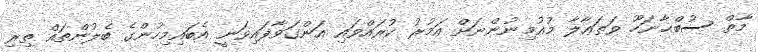
މާތް ސުބްޙާނަހޫ ވަތަޢާލާ މުއުމިނުންނަށް އަމުރު ކުރައްވައި އަންގަވާފައިވަނީ އެބައިމިހުންގެ ބެލުންތައް ތިރި